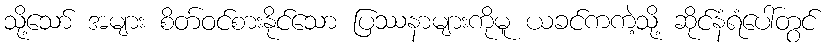
သို့သော် အများ စိတ်ဝင်စားနိုင်သော ပြဿနာများကိုမူ ယခင်ကကဲ့သို့ ဆိုင်နံရံပေါ်တွင်